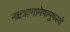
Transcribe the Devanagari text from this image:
नक्षत्राणामेषामुपस्थे